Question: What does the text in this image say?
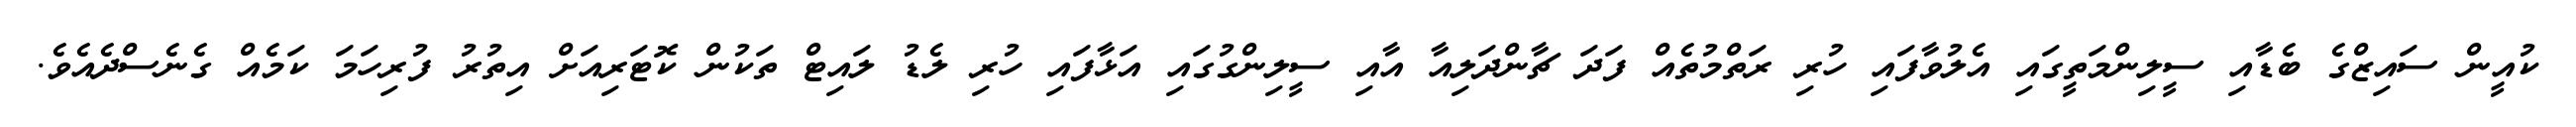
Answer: ކުއީން ސައިޒްގެ ބެޑާއި ސީލިންމަތީގައި އެލުވާފައި ހުރި ރަތްމުތެއް ފަދަ ޗާންދަލިއާ އާއި ސީލިންގުގައި އަޅާފައި ހުރި ލެޑު ލައިޓް ތަކުން ކޮޓަރިއަށް އިތުރު ފުރިހަމަ ކަމެއް ގެނެސްދެއެވެ.